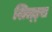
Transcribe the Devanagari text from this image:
शिल्ड्स